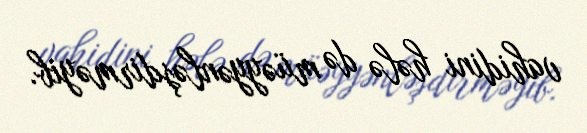
vahidini hələ də müəyyənləşdirməyib.